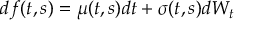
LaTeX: d f ( t , s ) = \mu ( t , s ) d t + { \boldsymbol { \sigma } } ( t , s ) d W _ { t }